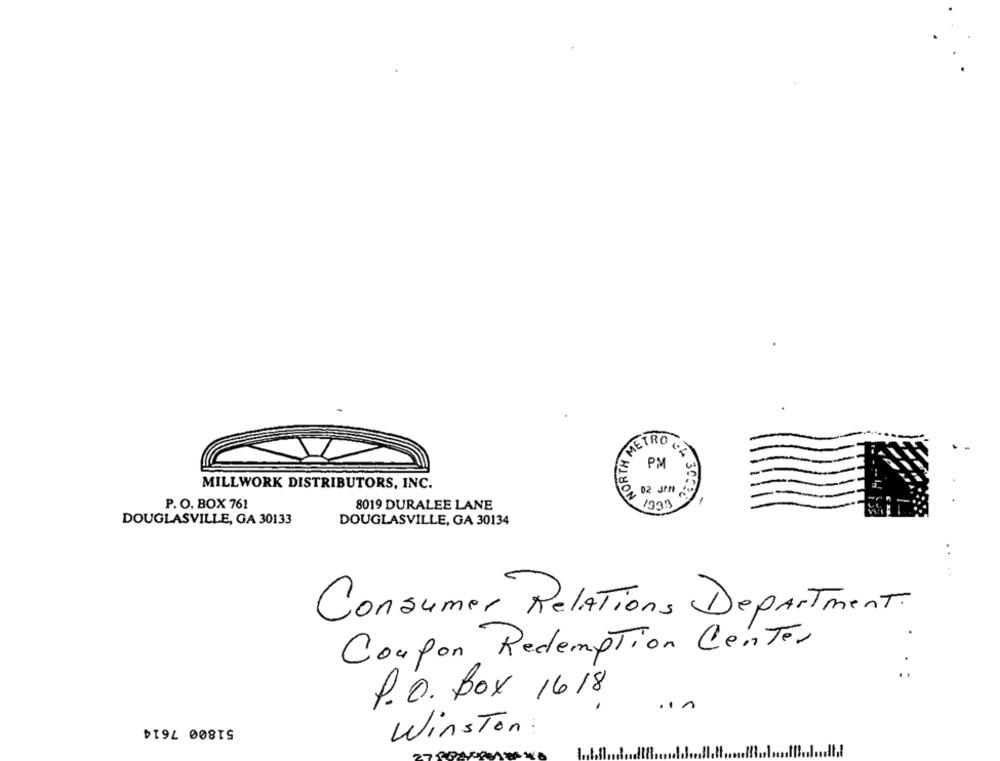
METRO C:
NORTH
PM
MILLWORK DISTRIBUTORS, INC.
3 300
P. O. BOX 761
8019 DURALEE LANE
1933
DOUGLASVILLE, GA 30133
DOUGLASVILLE, GA 30134
Consumer Relations Department.
Coupon Redemption Center
P.O. Box 1618
51800 7614
Winston: